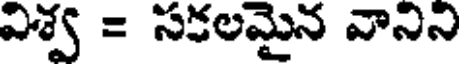
విశ్వ = సకలమైన వానిని